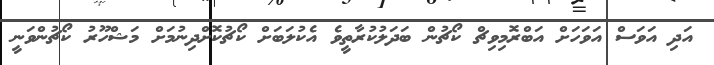
އަދި އަވަސް އަވަހަށް އަބްރޮމިވިޗް ކޯޗުން ބަދަލުކުރާތީވެ އެކުލަބަށް ކޯޗުކޮށްދިނުމަށް މަޝްހޫރު ކޯޗުންވަނީ